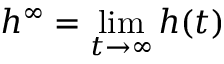
h ^ { \infty } = \operatorname* { l i m } _ { t \rightarrow \infty } h ( t )